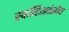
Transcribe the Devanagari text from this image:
स्कॉटिशवंशीय